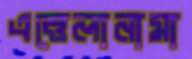
এত্তেলানামা